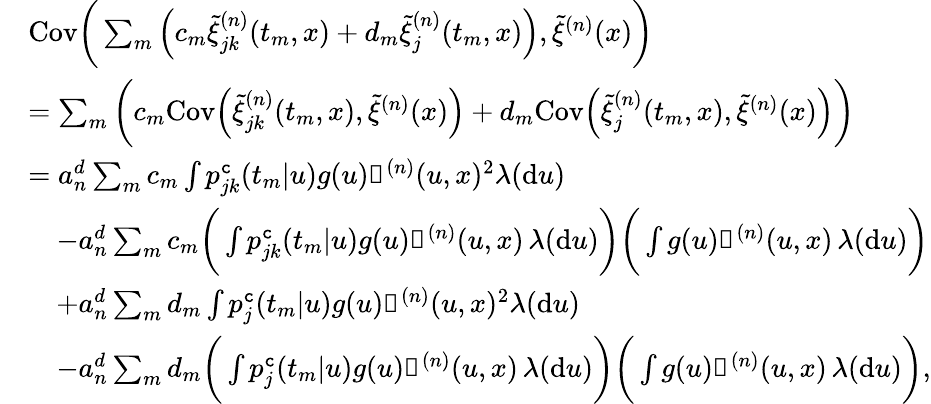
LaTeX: \begin{array}{rl}&{\mathrm{Cov}\bigg(\sum_{m}\Big(c_{m}\tilde{\xi}_{jk}^{(n)}(t_{m},x)+d_{m}\tilde{\xi}_{j}^{(n)}(t_{m},x)\Big),\tilde{\xi}^{(n)}(x)\bigg)}\\ &{=\sum_{m}\bigg(c_{m}\mathrm{Cov}\Big(\tilde{\xi}_{jk}^{(n)}(t_{m},x),\tilde{\xi}^{(n)}(x)\Big)+d_{m}\mathrm{Cov}\Big(\tilde{\xi}_{j}^{(n)}(t_{m},x),\tilde{\xi}^{(n)}(x)\Big)\bigg)}\\ &{=a_{n}^{d}\sum_{m}c_{m}\int p_{jk}^{\texttt{c}}(t_{m}|u)g(u)\mathbb{k}^{(n)}(u,x)^{2}\lambda(\mathrm{d}u)}\\ &{\quad-a_{n}^{d}\sum_{m}c_{m}\bigg(\int p_{jk}^{\texttt{c}}(t_{m}|u)g(u)\mathbb{k}^{(n)}(u,x)\, \lambda(\mathrm{d}u)\bigg)\bigg(\int g(u)\mathbb{k}^{(n)}(u,x)\, \lambda(\mathrm{d}u)\bigg)}\\ &{\quad+a_{n}^{d}\sum_{m}d_{m}\int p_{j}^{\texttt{c}}(t_{m}|u)g(u)\mathbb{k}^{(n)}(u,x)^{2}\lambda(\mathrm{d}u)}\\ &{\quad-a_{n}^{d}\sum_{m}d_{m}\bigg(\int p_{j}^{\texttt{c}}(t_{m}|u)g(u)\mathbb{k}^{(n)}(u,x)\, \lambda(\mathrm{d}u)\bigg)\bigg(\int g(u)\mathbb{k}^{(n)}(u,x)\, \lambda(\mathrm{d}u)\bigg),}\end{array}